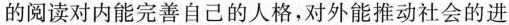
的阅读对内能完善自己的人格，对外能推动社会的进